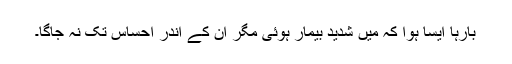
بارہا ایسا ہوا کہ میں شدید بیمار ہوئی مگر ان کے اندر احساس تک نہ جاگا۔